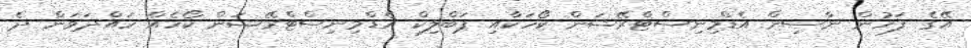
އޭގެ ފަހުން ނާސިން އެޑްމިނިސްޓްރޭޝަން ކޯހަކާއި ޕަބްލިކް އެޑްމިނިސްޓްރޭޝަން ކޯހެއް ހައްދަވަން ދެ